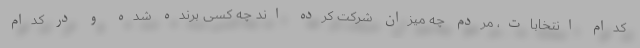
کدام انتخابات، مردم چه میزان شرکت کرده اند چه کسی برنده شده و در کدام